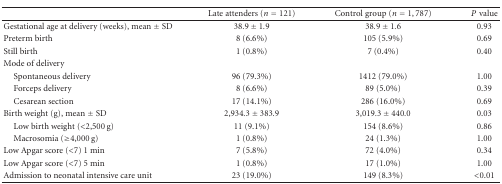
<table><thead><tr><td><b> </b></td><td><b>Late attenders (<i>n</i> = 121)</b></td><td><b>Control group (<i>n</i> = 1,787)</b></td><td><b><i>P</i>value</b></td></tr></thead><tbody><tr><td>Gestational age at delivery (weeks), mean ± SD</td><td>38.9 ± 1.9</td><td>38.9 ± 1.6</td><td>0.93</td></tr><tr><td>Preterm birth</td><td>8 (6.6%)</td><td>105 (5.9%)</td><td>0.69</td></tr><tr><td>Still birth</td><td>1 (0.8%)</td><td>7 (0.4%)</td><td>0.40</td></tr><tr><td>Mode of delivery</td><td> </td><td> </td><td> </td></tr><tr><td> Spontaneous delivery </td><td>96 (79.3%)</td><td>1412 (79.0%)</td><td>1.00</td></tr><tr><td> Forceps delivery</td><td>8 (6.6%)</td><td>89 (5.0%)</td><td>0.39</td></tr><tr><td> Cesarean section</td><td>17 (14.1%)</td><td>286 (16.0%)</td><td>0.69</td></tr><tr><td>Birth weight (g), mean ± SD</td><td>2,934.3 ± 383.9</td><td>3,019.3 ± 440.0</td><td>0.03</td></tr><tr><td> Low birth weight (&lt;2,500 g)</td><td>11 (9.1%)</td><td>154 (8.6%)</td><td>0.86</td></tr><tr><td> Macrosomia (≥4,000 g)</td><td>1 (0.8%)</td><td>24 (1.3%)</td><td>1.00</td></tr><tr><td>Low Apgar score (&lt;7) 1 min</td><td>7 (5.8%)</td><td>72 (4.0%)</td><td>0.34</td></tr><tr><td>Low Apgar score (&lt;7) 5 min</td><td>1 (0.8%)</td><td>17 (1.0%)</td><td>1.00</td></tr><tr><td>Admission to neonatal intensive care unit</td><td>23 (19.0%)</td><td>149 (8.3%)</td><td>&lt;0.01</td></tr></tbody></table>